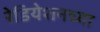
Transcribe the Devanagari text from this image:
रेडियेशनच्या